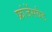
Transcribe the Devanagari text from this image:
फ्रांजेंसबैड